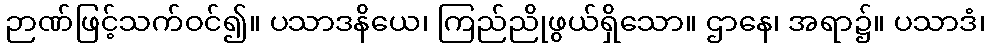
ဉာဏ်ဖြင့်သက်ဝင်၍။ ပသာဒနိယေ၊ ကြည်ညိုဖွယ်ရှိသော။ ဌာနေ၊ အရာ၌။ ပသာဒံ၊